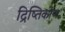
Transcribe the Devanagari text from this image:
द्रिष्तिकोण